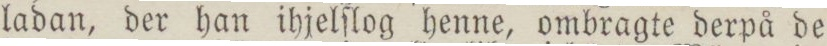
ladan, der han ihjelſlog henne, ombragte derpå de